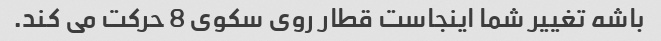
باشه تغییر شما اینجاست قطار روی سکوی 8 حرکت می کند.